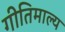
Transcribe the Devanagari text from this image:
गीतिमाल्य